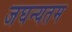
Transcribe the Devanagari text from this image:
जघन्यतम